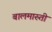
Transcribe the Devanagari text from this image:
बालमारुती